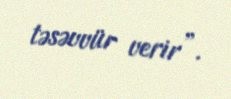
təsəvvür verir”.